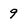
Character: 9